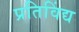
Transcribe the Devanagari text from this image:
प्रतिविंद्य